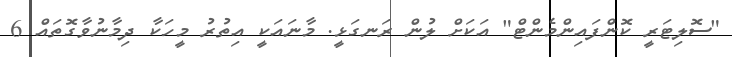
"ސޮލިޓަރީ ކޮންފައިންމެންޓް" އަކަށް ލުން ރަނގަޅީ. މާނައަކީ އިތުރު މީހަކާ ދިމާނުވާގޮތައް 6